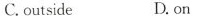
C.outside D.on